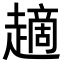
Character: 𧽦